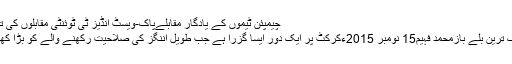
چیمپئن ٹیموں کے یادگار مقابلےپاک-ویسٹ انڈیز ٹی ٹوئنٹی مقابلوں کی تاریخ سنتھ جے سوریا
دنیا کے 10 خطرناک ترین بلے بازمحمد فہیم15 نومبر 2015ءکرکٹ پر ایک دور ایسا گزرا ہے جب طویل اننگز کی صلاحیت رکھنے والے کو بڑا کھلاڑی سمجھا جاتا تھا۔